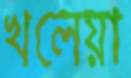
খলেয়া